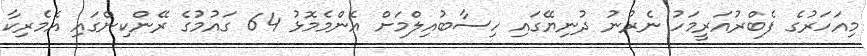
މިއަހަރުގެ ފެބްރުއަރީމަހު ނެރުނު ދުނިޔޭގައި ހިސާބުއިލްމަށް އެންމެމޮޅު 64 ގައުމުގެ ރޭންކިންގައި އެމެރިކާ